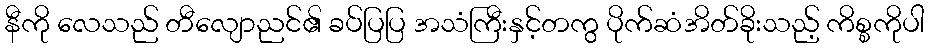
နီကို လေသည် တီလျောညင်၏ ခပ်ပြပြ အသံကြီးနှင့်တကွ ပိုက်ဆံအိတ်ခိုးသည့် ကိစ္စကိုပါ